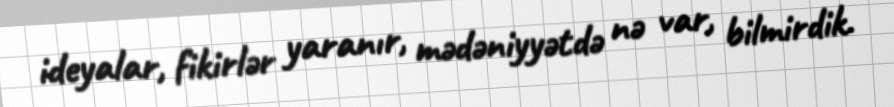
ideyalar, fikirlər yaranır, mədəniyyətdə nə var, bilmirdik.